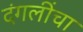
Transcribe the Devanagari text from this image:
दंगलींचा